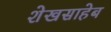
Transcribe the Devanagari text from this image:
शेखसाहेब